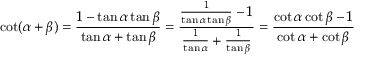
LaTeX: \cot ( \alpha + \beta ) = { \frac { 1 - \tan \alpha \tan \beta } { \tan \alpha + \tan \beta } } = { \frac { { \frac { 1 } { \tan \alpha \tan \beta } } - 1 } { { \frac { 1 } { \tan \alpha } } + { \frac { 1 } { \tan \beta } } } } = { \frac { \cot \alpha \cot \beta - 1 } { \cot \alpha + \cot \beta } }